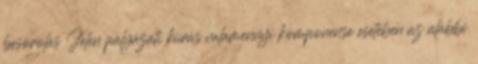
besorolás Jelen pályázati kiírás valamennyi komponense esetében az alábbi